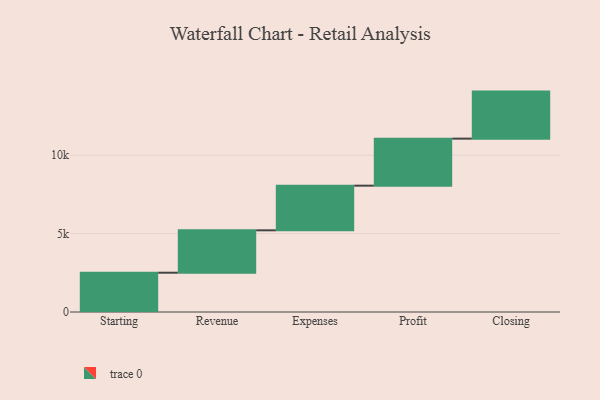
{"axis": {"x": "Step", "y": "Value"}, "legend": [""], "data": [{"x": "Starting", "y": 2506.0, "type": ""}, {"x": "Revenue", "y": 2704.0, "type": ""}, {"x": "Expenses", "y": 2848.0, "type": ""}, {"x": "Profit", "y": 3000, "type": ""}, {"x": "Closing", "y": 3000, "type": ""}]}